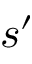
s ^ { \prime }